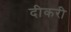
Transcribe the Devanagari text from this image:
दीकरी